Leaving Certificate Examination (including Day School Certificate (Higher) General paper), 1939
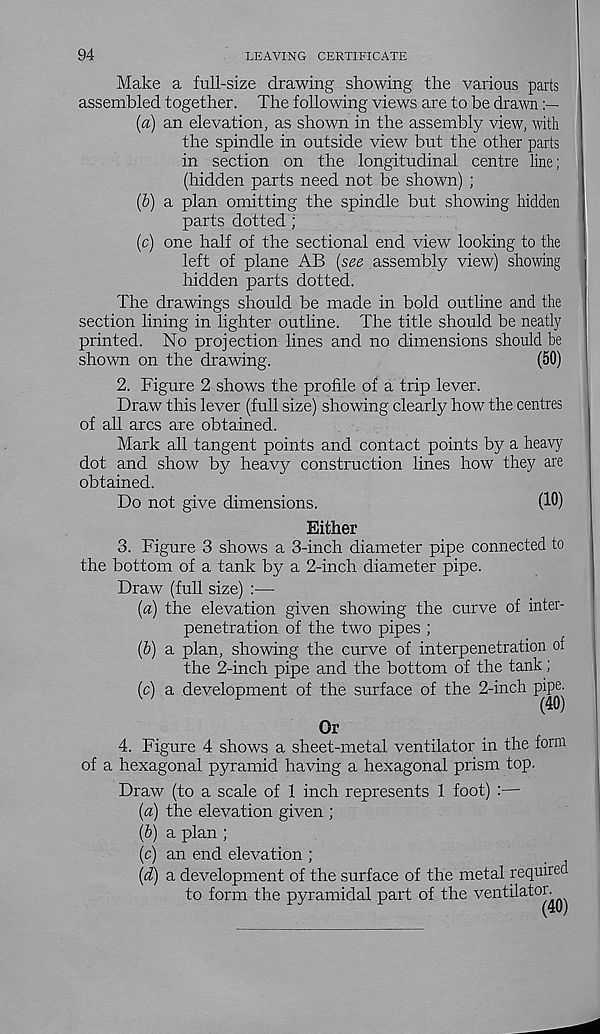
94
LEAVING CERTIFICATE
Make a full-size drawing showing the various parts
assembled together. The following views are to be drawn
{a) an elevation, as shown in the assembly view, with
the spindle in outside view but the other parts
in section on the longitudinal centre line;
(hidden parts need not be shown) ;
(&) a plan omitting the spindle but showing hidden
parts dotted;
(c) one half of the sectional end view looking to the
left of plane AB (see assembly view) showing
hidden parts dotted.
The drawings should be made in bold outline and the
section lining in lighter outline. The title should be neatly
printed. No projection lines and no dimensions should be
shown on the drawing.
(50)
2. Figure 2 shows the profile of a trip lever.
Draw this lever (full size) showing clearly how the centres
of all arcs are obtained.
Mark all tangent points and contact points by a heavy
dot and show by heavy construction lines how they are
obtained.
Do not give dimensions.
(10)
Either
3. Figure 3 shows a 3-inch diameter pipe connected to
the bottom of a tank by a 2-inch diameter pipe.
Draw (full size) :—
(a) the elevation given showing the curve of inter-
penetration of the two pipes ;
(b) a plan, showing the curve of interpenetration of
the 2-inch pipe and the bottom of the tank;
(c) a development of the surface of the 2-inch pipe.
Or
4. Figure 4 shows a sheet-metal ventilator in the form
of a hexagonal pyramid having a hexagonal prism top.
Draw (to a scale of 1 inch represents 1 foot) :—
(a) the elevation given ;
(b) a plan ;
(c) an end elevation ;
(d) a development of the surface of the metal required
to form the pyramidal part of the verr^a^0^Q -)